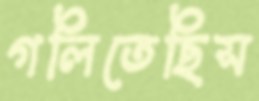
গলিতেছিস